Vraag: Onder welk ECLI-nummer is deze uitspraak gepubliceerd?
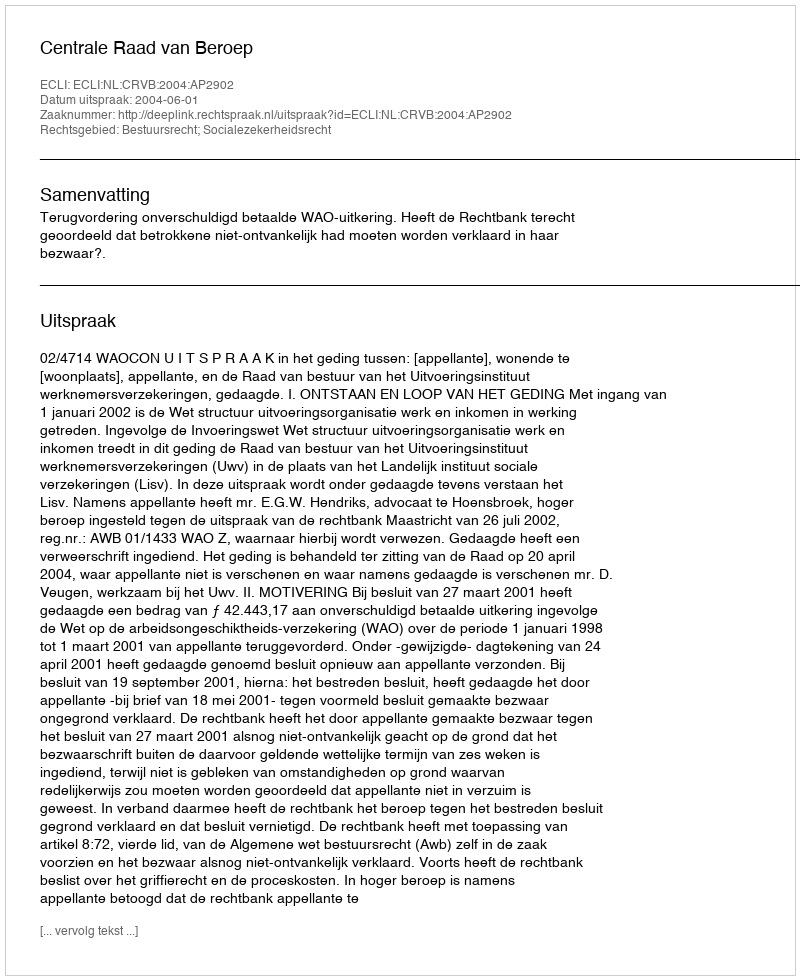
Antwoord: ECLI:NL:CRVB:2004:AP2902